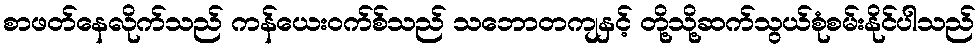
စာဖတ်နေလိုက်သည် ကန်ယေးဝက်စ်သည် သဘောတကျနှင့် တို့သို့ဆက်သွယ်စုံစမ်းနိုင်ပါသည်